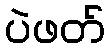
ပဲဖတ်